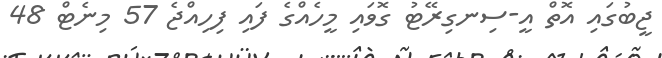
ޖީބުގައި އޮތް އީ-ސިނގިރޭޓު ގޮވައި މީހެއްގެ ފައި ފިހިއްޖެ 57 މިނެޓް 48